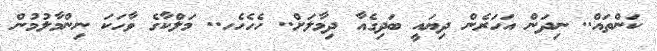
ކަންތައް.. ނިދަން އަހަރެން ދިޔައީ ބަދިގެއާ ދިމާލަށް.. ހެހެހެހ.. މަލްކާގެ ވާހަކަ ނިންމާލުމުން